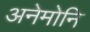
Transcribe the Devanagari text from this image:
अनेमोनि